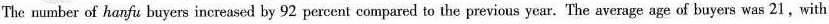
The number of hanfu buyers increased by 92 percent compared to the previous year. The average age of buyers was 21, with.